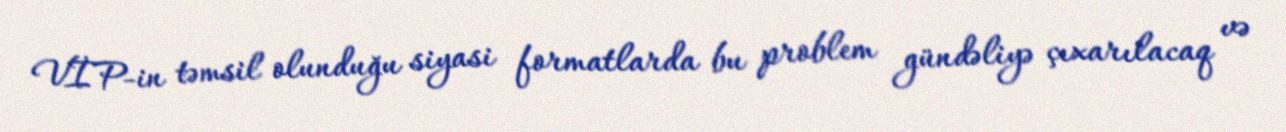
VİP-in təmsil olunduğu siyasi formatlarda bu problem gündəliyə çıxarılacaq və